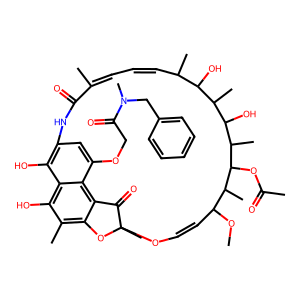
SMILES: COC1C=COC2(C)Oc3c(C)c(O)c4c(O)c(cc(OCC(=O)N(C)Cc5ccccc5)c4c3C2=O)NC(=O)C(C)=CC=CC(C)C(O)C(C)C(O)C(C)C(OC(C)=O)C1C
Inhibits HIV replication: No